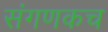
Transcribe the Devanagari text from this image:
संगणकच